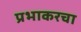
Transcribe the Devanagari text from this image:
प्रभाकरचा